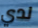
لدي